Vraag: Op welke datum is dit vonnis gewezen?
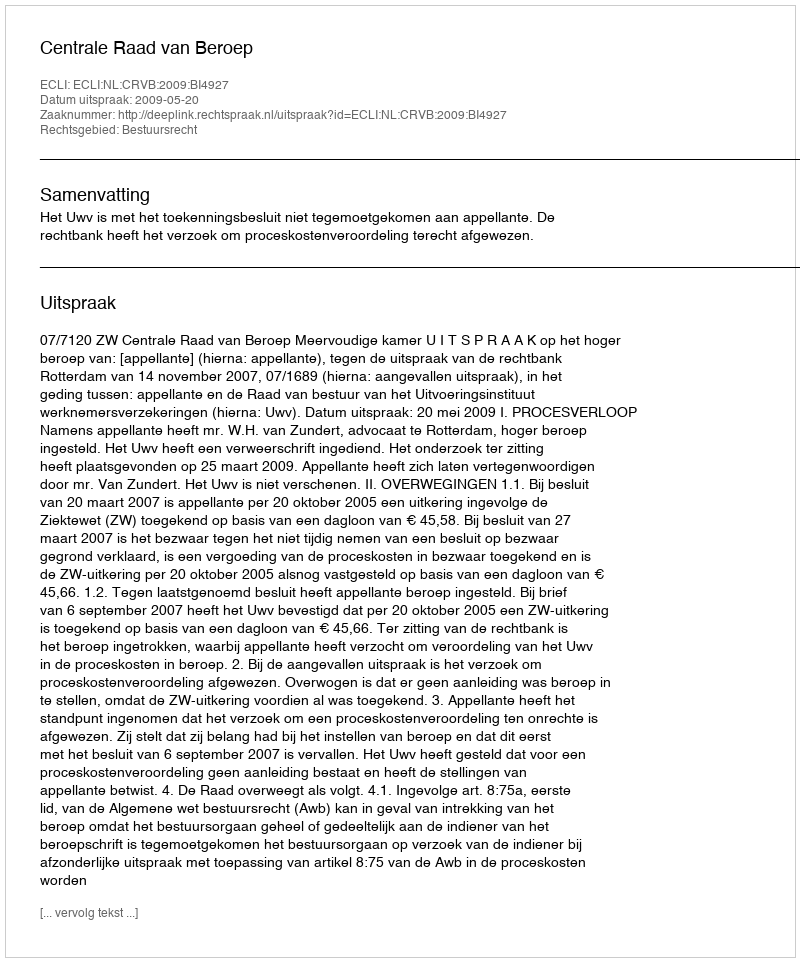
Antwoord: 2009-05-20